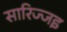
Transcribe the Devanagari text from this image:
सारिज्जइ